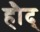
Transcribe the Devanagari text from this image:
हौद्